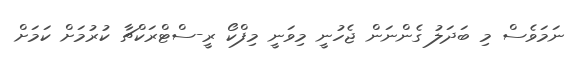
ނަމަވެސް މި ބަދަލު ގެންނަން ޖެހުނީ މިވަނީ މިފްކޯ ރީ-ސްޓްރަކްޗާ ކުރުމަށް ކަމަށް